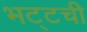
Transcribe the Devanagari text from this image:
भट्टची